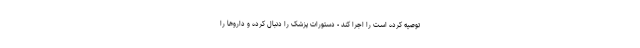
توصیه کرده است را اجرا کند - دستورات پزشک را دنبال کرده و داروها را